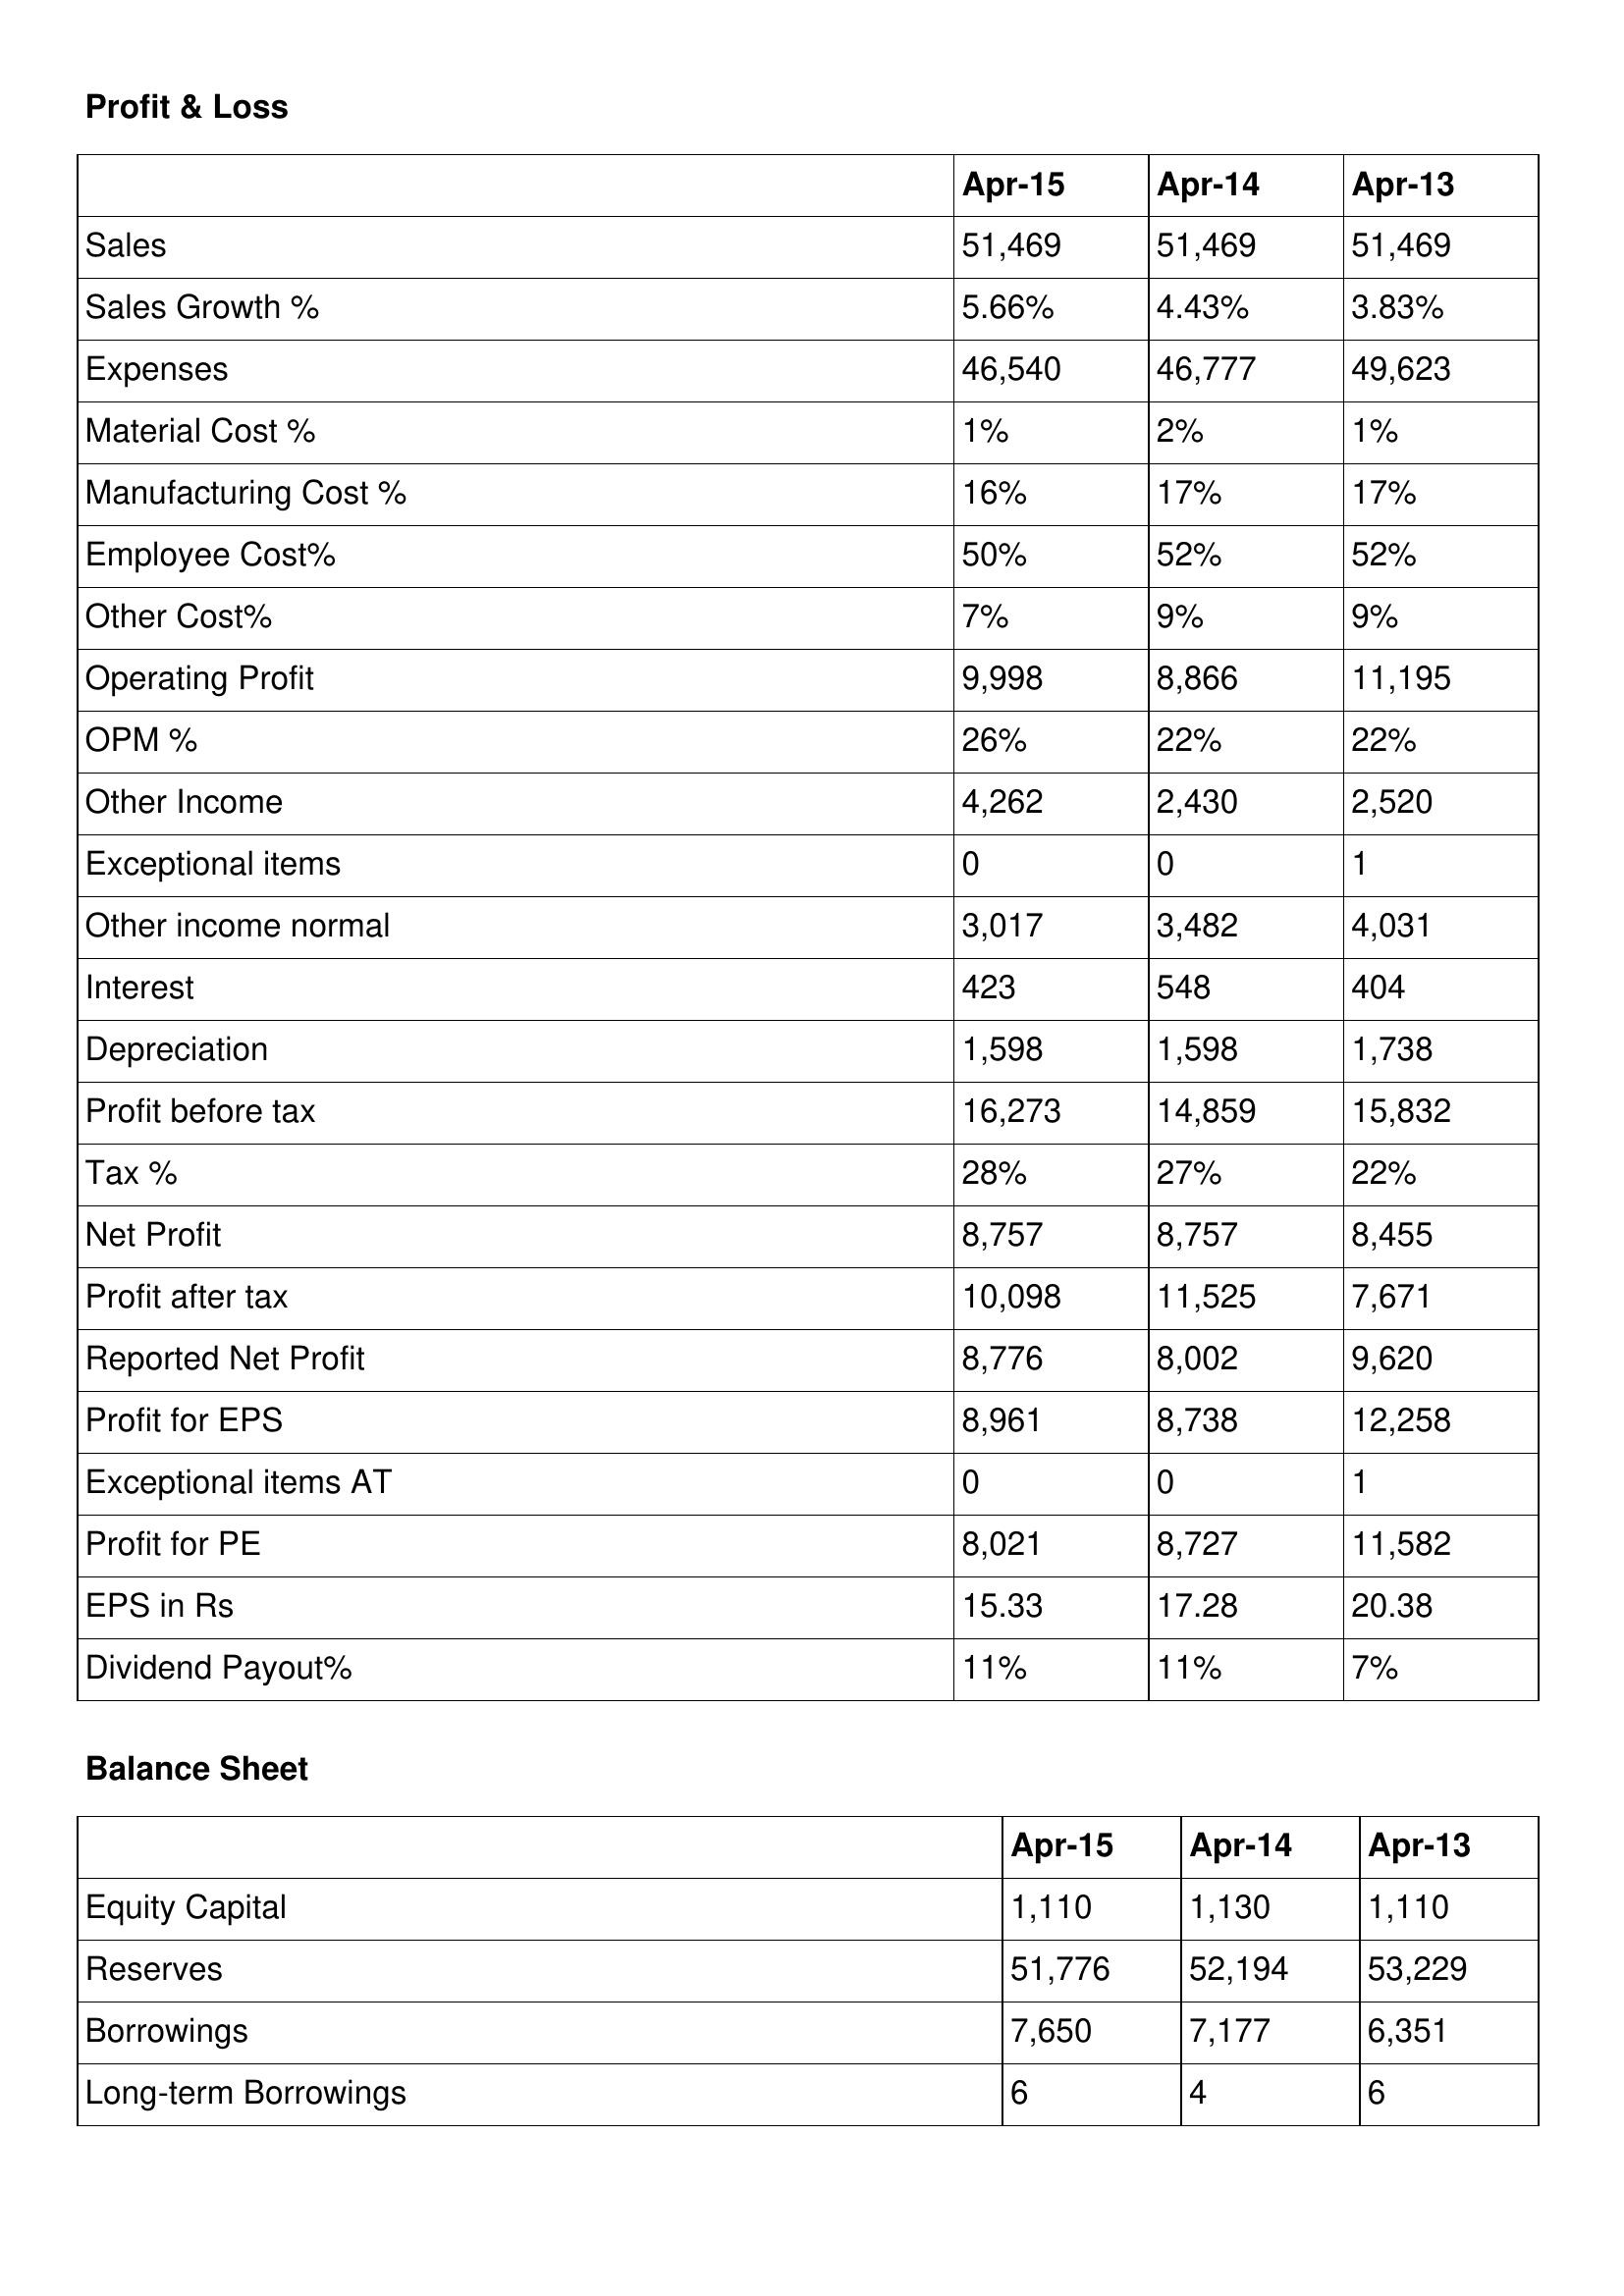
gt_parse: Apr-15: Profit & Loss: Sales: 51,469
Sales Growth %: 5.66%
Expenses: 46,540
Material Cost %: 1%
Manufacturing Cost %: 16%
Employee Cost%: 50%
Other Cost%: 7%
Operating Profit: 9,998
OPM %: 26%
Other Income: 4,262
Exceptional items: 0
Other income normal: 3,017
Interest: 423
Depreciation: 1,598
Profit before tax: 16,273
Tax %: 28%
Net Profit: 8,757
Profit after tax: 10,098
Reported Net Profit: 8,776
Profit for EPS: 8,961
Exceptional items AT: 0
Profit for PE: 8,021
EPS in Rs: 15.33
Dividend Payout%: 11%
Balance Sheet: Equity Capital: 1,110
Reserves: 51,776
Borrowings: 7,650
Long-term Borrowings: 6
Apr-14: Profit & Loss: Sales: 51,469
Sales Growth %: 4.43%
Expenses: 46,777
Material Cost %: 2%
Manufacturing Cost %: 17%
Employee Cost%: 52%
Other Cost%: 9%
Operating Profit: 8,866
OPM %: 22%
Other Income: 2,430
Exceptional items: 0
Other income normal: 3,482
Interest: 548
Depreciation: 1,598
Profit before tax: 14,859
Tax %: 27%
Net Profit: 8,757
Profit after tax: 11,525
Reported Net Profit: 8,002
Profit for EPS: 8,738
Exceptional items AT: 0
Profit for PE: 8,727
EPS in Rs: 17.28
Dividend Payout%: 11%
Balance Sheet: Equity Capital: 1,130
Reserves: 52,194
Borrowings: 7,177
Long-term Borrowings: 4
Apr-13: Profit & Loss: Sales: 51,469
Sales Growth %: 3.83%
Expenses: 49,623
Material Cost %: 1%
Manufacturing Cost %: 17%
Employee Cost%: 52%
Other Cost%: 9%
Operating Profit: 11,195
OPM %: 22%
Other Income: 2,520
Exceptional items: 1
Other income normal: 4,031
Interest: 404
Depreciation: 1,738
Profit before tax: 15,832
Tax %: 22%
Net Profit: 8,455
Profit after tax: 7,671
Reported Net Profit: 9,620
Profit for EPS: 12,258
Exceptional items AT: 1
Profit for PE: 11,582
EPS in Rs: 20.38
Dividend Payout%: 7%
Balance Sheet: Equity Capital: 1,110
Reserves: 53,229
Borrowings: 6,351
Long-term Borrowings: 6